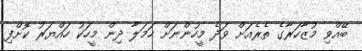
ބޭއްވި މުޒާހަރާގެ ތެރެއަށް ވަދެ މީހުންނަށް ހަމަލާ ދިން މީހަކު ހައްޔަރު ކޮށްފި